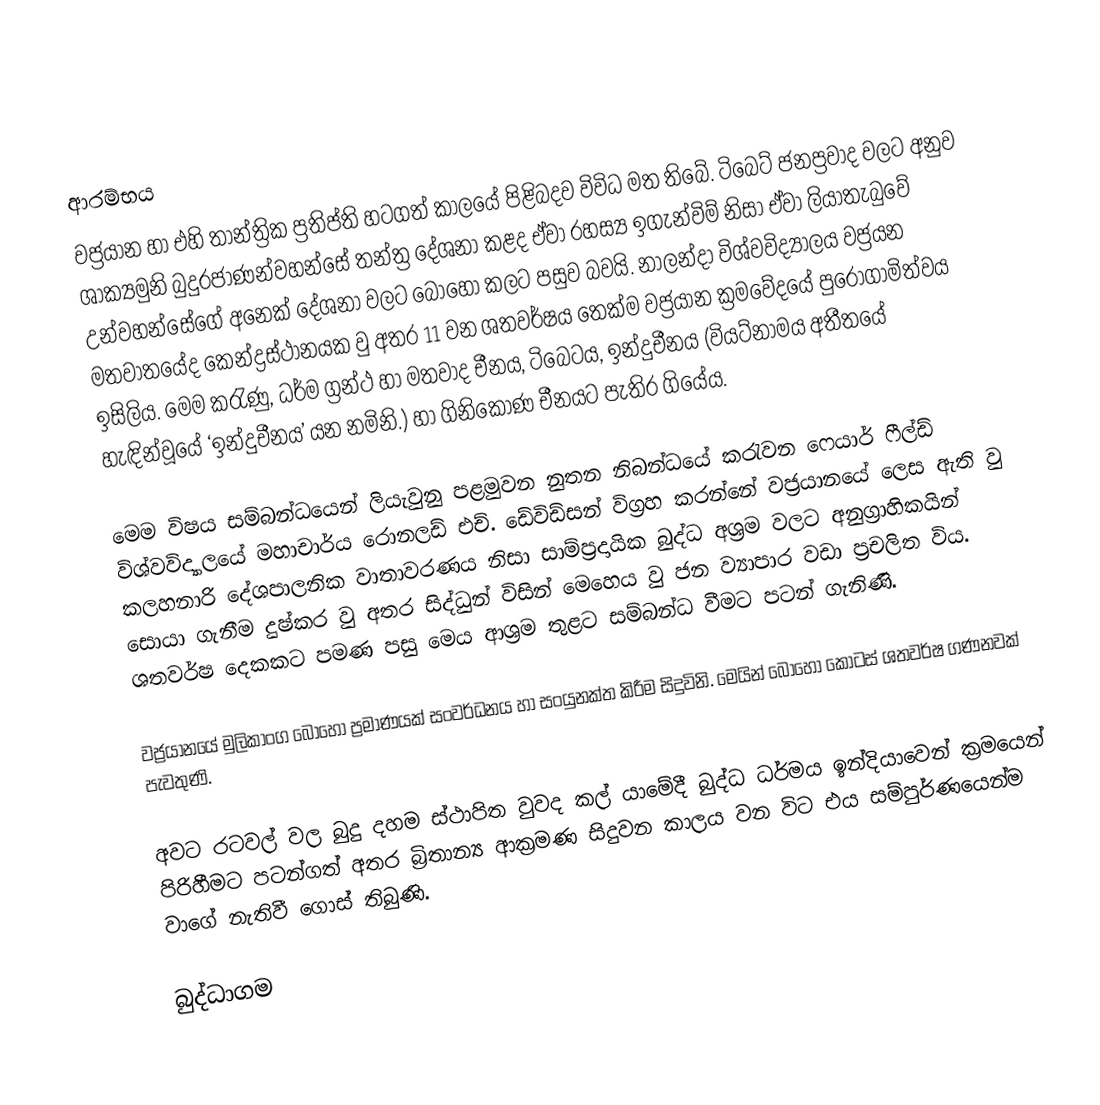

ආරම්භය
වජ්‍රයාන හා එහි තාන්ත්‍රික ප්‍රතිප්ති හටගත් කාලයේ පිළිබදව විවිධ මත තිබේ. ටිබෙට් ජනප්‍රවාද වලට අනුව ශාක්‍යමුනි බුදුරජාණන්වහන්සේ තන්ත්‍ර දේශනා කළද ඒවා රහස්‍ය ඉගැන්විම් නිසා ඒවා ලියාතැබුවේ උන්වහන්සේගේ අනෙක් දේශනා වලට බොහෝ කලට පසුව බවයි. නාලන්දා විශ්වවිද්‍යාලය වජ්‍රයන මතවාතයේද කෙන්ද්‍රස්ථානයක වු අතර 11 වන ශතවර්ෂය තෙක්ම වජ්‍රයාන ක්‍රමවේදයේ පුරෝගාමිත්වය ඉසිලිය. මෙම කරැණු, ධර්ම ග්‍රන්ථ හා මතවාද චීනය, ටිබෙටය, ඉන්දුචීනය (වියට්නාමය අතීතයේ හැඳින්වූයේ ‘ඉන්දුචීනය’ යන නමිනි.) හා ගිනිකොණ චීනයට පැතිර ගියේය.

මෙම විෂය සම්බන්ධයෙන් ලියැවුනු පළමුවන නුතන නිබන්ධයේ කරැවන ෆෙයාර් ෆීල්ඩ් විශ්වවිද්‍යාලයේ මහාචාර්ය රොනලඩ් එච්. ඩේවිඩ්සන් විග්‍රහ කරන්නේ වජ්‍රයානයේ ලෙස ඇති වු කලහනාරි දේශපාලනික වාතාවරණය නිසා සාම්ප්‍රදායික බුද්ධ අශ්‍රම වලට අනුග්‍රාහිකයින් සොයා ගැනීම දුෂ්කර වු අතර සිද්ධුන් විසින් මෙහෙය වු ජන ව්‍යාපාර වඩා ප්‍රචලිත විය. ශතවර්ෂ දෙකකට පමණ පසු මෙය ආශ්‍රම තුළට සම්බන්ධ වීමට පටන් ගැනිණි.

වජ්‍රයානයේ මුලිකාංග බොහෝ ප්‍රමාණයක් සංවර්ධනය හා සංයුනක්ත කිරීම සිදුවිනි. මෙයින් බොහෝ කොටස් ශතවර්ෂ ගණනවක් පැවතුණි.

අවට රටවල් වල බුදු දහම ස්ථාපිත වුවද කල් යාමේදී බුද්ධ ධර්මය ඉන්දියාවෙන් ක්‍රමයෙන් පිරිහීමට පටන්ගත් අතර බ්‍රිතාන්‍ය ආක්‍රමණ සිදුවන කාලය වන විට එය සම්පුර්ණයෙන්ම වාගේ නැතිවී ගොස් තිබුණි.

බුද්ධාගම